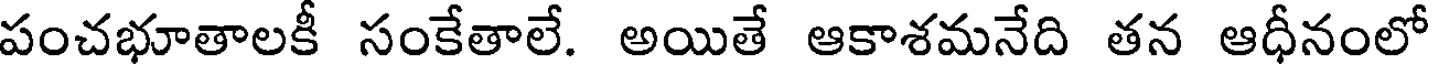
పంచభూతాలకీ సంకేతాలే. అయితే ఆకాశమనేది తన ఆధీనంలో